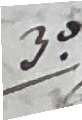
30 zu Muri seyind sie auch nachts in einen keller